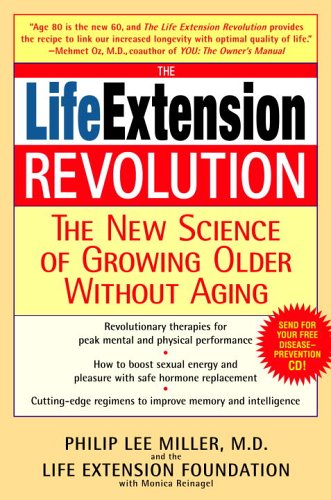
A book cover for The Life Extension Revolution: The New Science of Growing Older Without Aging; Philip Lee Miller; Health, Fitness & Dieting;